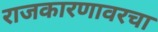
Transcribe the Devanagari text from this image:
राजकारणावरचा